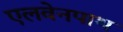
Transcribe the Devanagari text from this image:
एलवेनपाथ